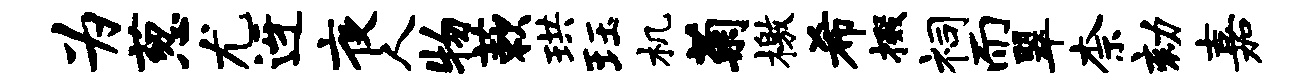
为葱尤迓夜人物蔌珙珏机菊檄希掇祠而翠柰劾嘉